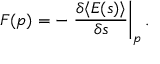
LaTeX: F ( p ) = - \left. { \frac { \delta \langle E ( s ) \rangle } { \delta s } } \right\vert _ { p } .